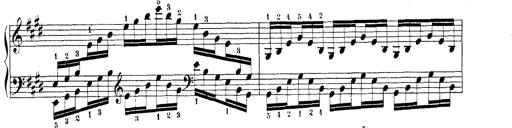
Title: Technische Studien
Composer: Franz Liszt